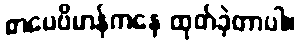
စာပေဗိမာန်ကနေ ထုတ်ခဲ့တာပါ။